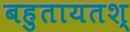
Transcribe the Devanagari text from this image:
बहुतायतश्